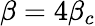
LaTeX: \beta=4\beta_{c}